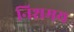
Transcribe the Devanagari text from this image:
निशमय